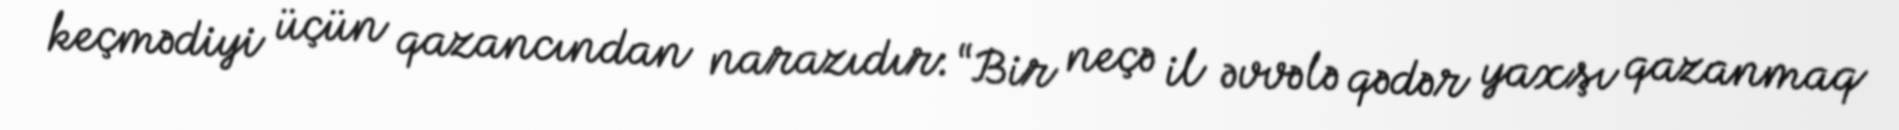
keçmədiyi üçün qazancından narazıdır: “Bir neçə il əvvələ qədər yaxşı qazanmaq